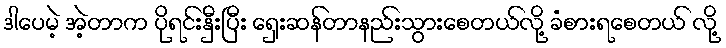
ဒါပေမဲ့ အဲ့တာက ပိုရင်းနှီးပြီး ရှေးဆန်တာနည်းသွားစေတယ်လို့ ခံစားရစေတယ် လို့